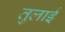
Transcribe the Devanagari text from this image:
तुलाई